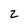
Character: z